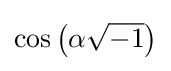
\cos \left(\alpha {\sqrt {-1}}\right)